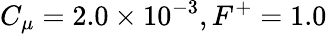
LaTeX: C_{\mu}=2.0\times 10^{-3},F^{+}=1.0